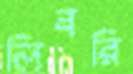
লিবরি